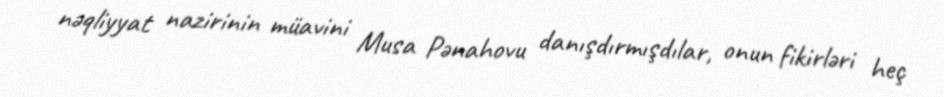
nəqliyyat nazirinin müavini Musa Pənahovu danışdırmışdılar, onun fikirləri heç